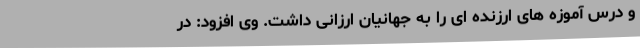
و درس آموزه های ارزنده ای را به جهانیان ارزانی داشت. وی افزود: در